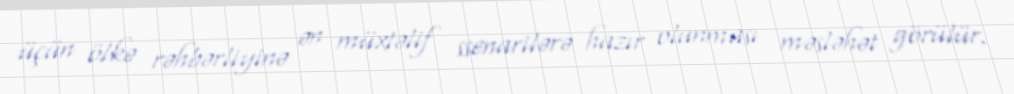
üçün ölkə rəhbərliyinə ən müxtəlif ssenarilərə hazır olunması məsləhət görülür.